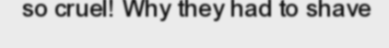
so cruel! Why they had to shave